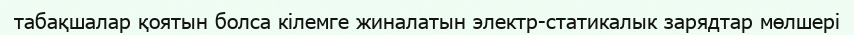
табақшалар қоятын болса кілемге жиналатын электр-статикалык зарядтар мөлшері